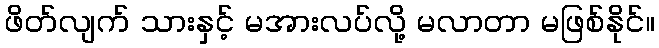
ဖိတ်လျက် သားနှင့် မအားလပ်လို့ မလာတာ မဖြစ်နိုင်။